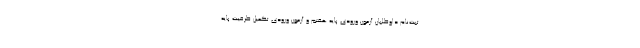
ثبت‌نام داوطلبان آزمون ورودی پایه هفتم و آزمون ورودی تکمیل ظرفیت پایه